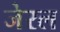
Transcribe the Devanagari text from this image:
जेरल